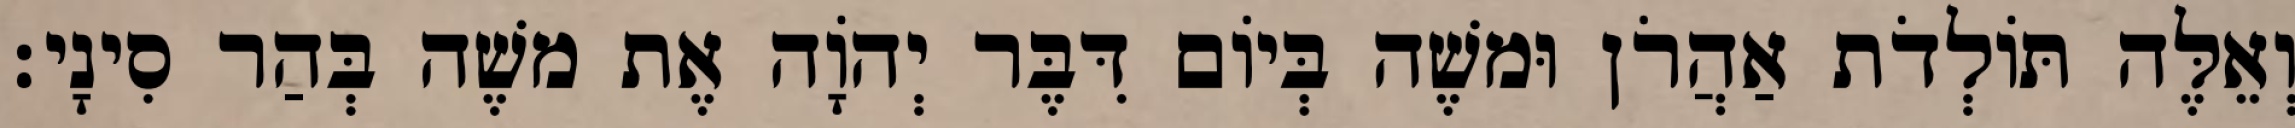
וְאֵלֶּה תּוֹלְדֹת אַהֲרֹן וּמשֶׁה בְּיוֹם דִּבֶּר יְהוָֹה אֶת משֶׁה בְּהַר סִינָי׃